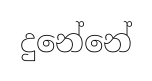
දුනේනේ